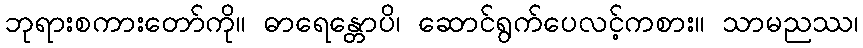
ဘုရားစကားတော်ကို။ ဓာရေန္တောပိ၊ ဆောင်ရွက်ပေလင့်ကစား။ သာမညဿ၊